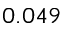
0 . 0 4 9